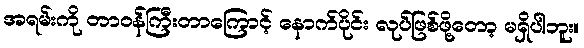
အရမ်းကို တာဝန်ကြီးတာကြောင့် နောက်ပိုင်း လုပ်ဖြစ်ဖို့တော့ မရှိပါဘူး။